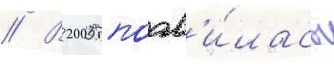
// В 2005 поав'и́лась